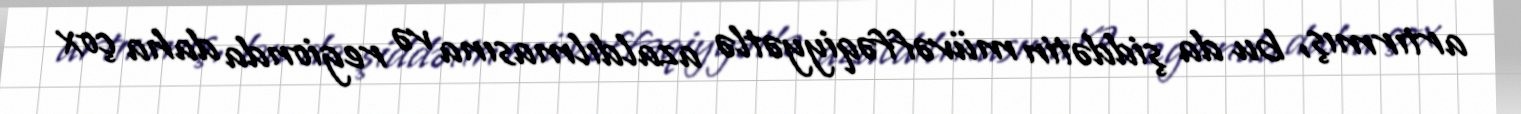
artırmış, bu da şiddətin müvəffəqiyyətlə azaldılmasına və regionda daha çox